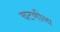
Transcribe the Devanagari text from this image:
चटणीला